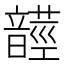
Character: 𩐺